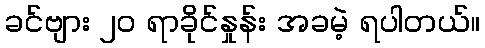
ခင်ဗျား ၂၀ ရာခိုင်နှုန်း အခမဲ့ ရပါတယ်။